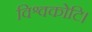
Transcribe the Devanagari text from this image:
विश्वकोटि।